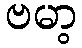
ဗမာ့